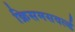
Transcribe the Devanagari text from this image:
क्रिसमसवर्ल्ड